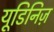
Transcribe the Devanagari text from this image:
यूडिनिज़